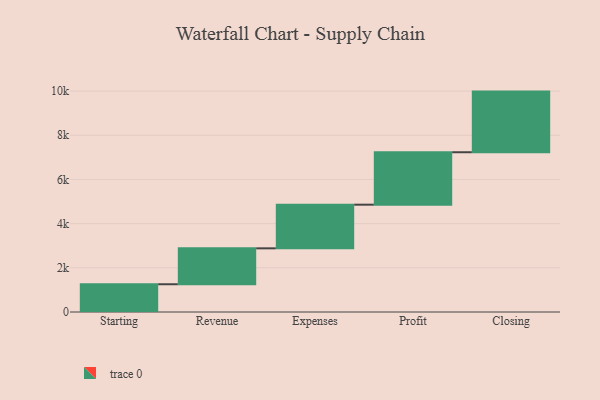
{"axis": {"x": "Step", "y": "Value"}, "legend": [""], "data": [{"x": "Starting", "y": 1256.0, "type": ""}, {"x": "Revenue", "y": 1626.0, "type": ""}, {"x": "Expenses", "y": 1976.0, "type": ""}, {"x": "Profit", "y": 2374.0, "type": ""}, {"x": "Closing", "y": 2745.0, "type": ""}]}